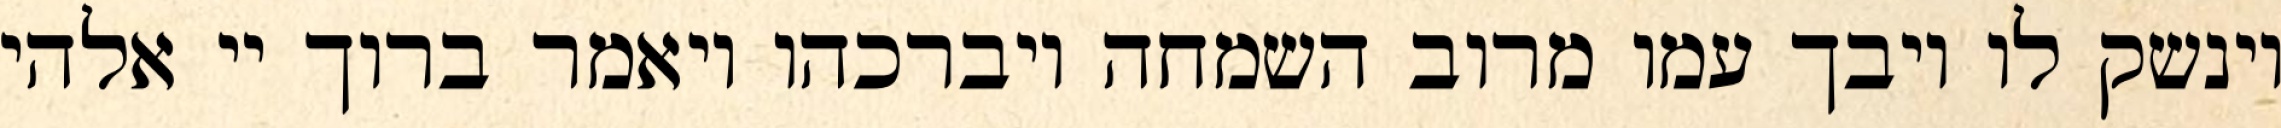
וינשק לו ויבך עמו מרוב השמחה ויברכהו ויאמר ברוך יי אלהי